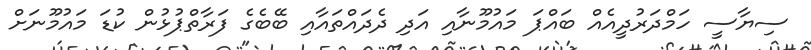
ސިޔާސީ ހަމްދަރުދީއެއް ބައްޕަ މައުމޫނާއި އަދި ދެދައްތައާއި ބޭބެގެ ފަރާތްޕުޅުން ކުޑަ މައުމޫނަށް